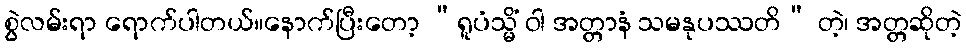
စွဲလမ်းရာ ရောက်ပါတယ်။နောက်ပြီးတော့ “ရူပံသ္မိံ ဝါ အတ္တာနံ သမနုပဿတိ” တဲ့၊ အတ္တဆိုတဲ့